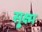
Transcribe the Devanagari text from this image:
सू्क्ष्म